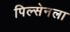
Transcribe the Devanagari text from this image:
पिल्सेनला